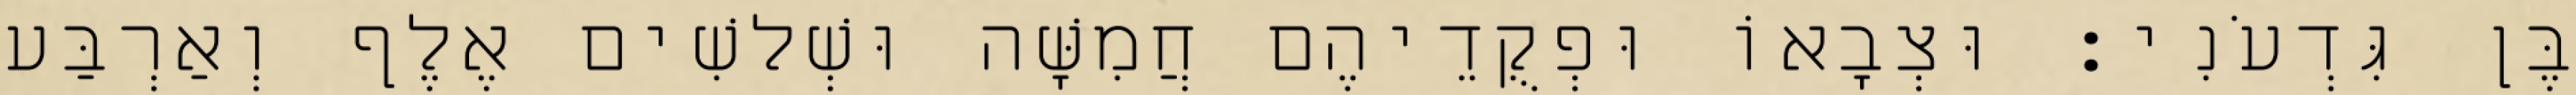
בֶּן גִּדְעֹנִי׃ וּצְבָאוֹ וּפְקֻדֵיהֶם חֲמִשָּׁה וּשְׁלשִׁים אֶלֶף וְאַרְבַּע